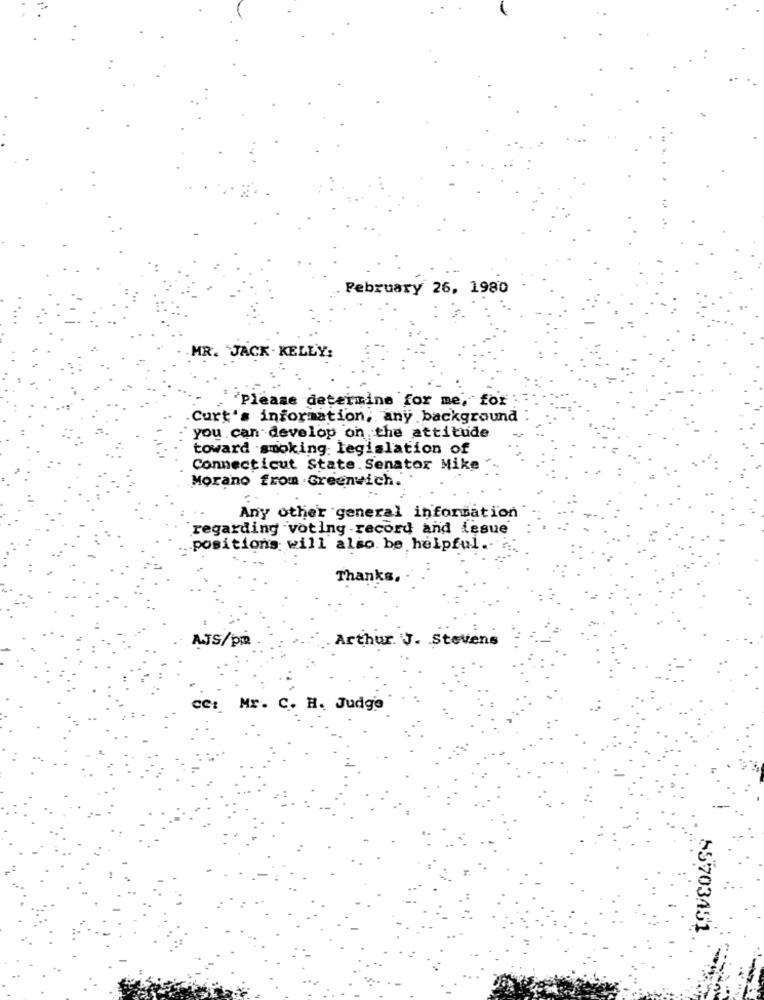
February 26, 1980
MR. JACK - KELLY:
'Please determine for me, for
Curt's information, any background
you can develop on the attitude
toward smoking: legislation of
Connecticut State. Senator Mike
Morano from Greenwich.
Any other general information
regarding voting -record and issue
positions will also. be helpful.
Thanks.
A.JS/pri
Arthur J. Stevens
cet Mr. C. H. Judge
55703451